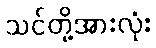
သင်တို့အားလုံး